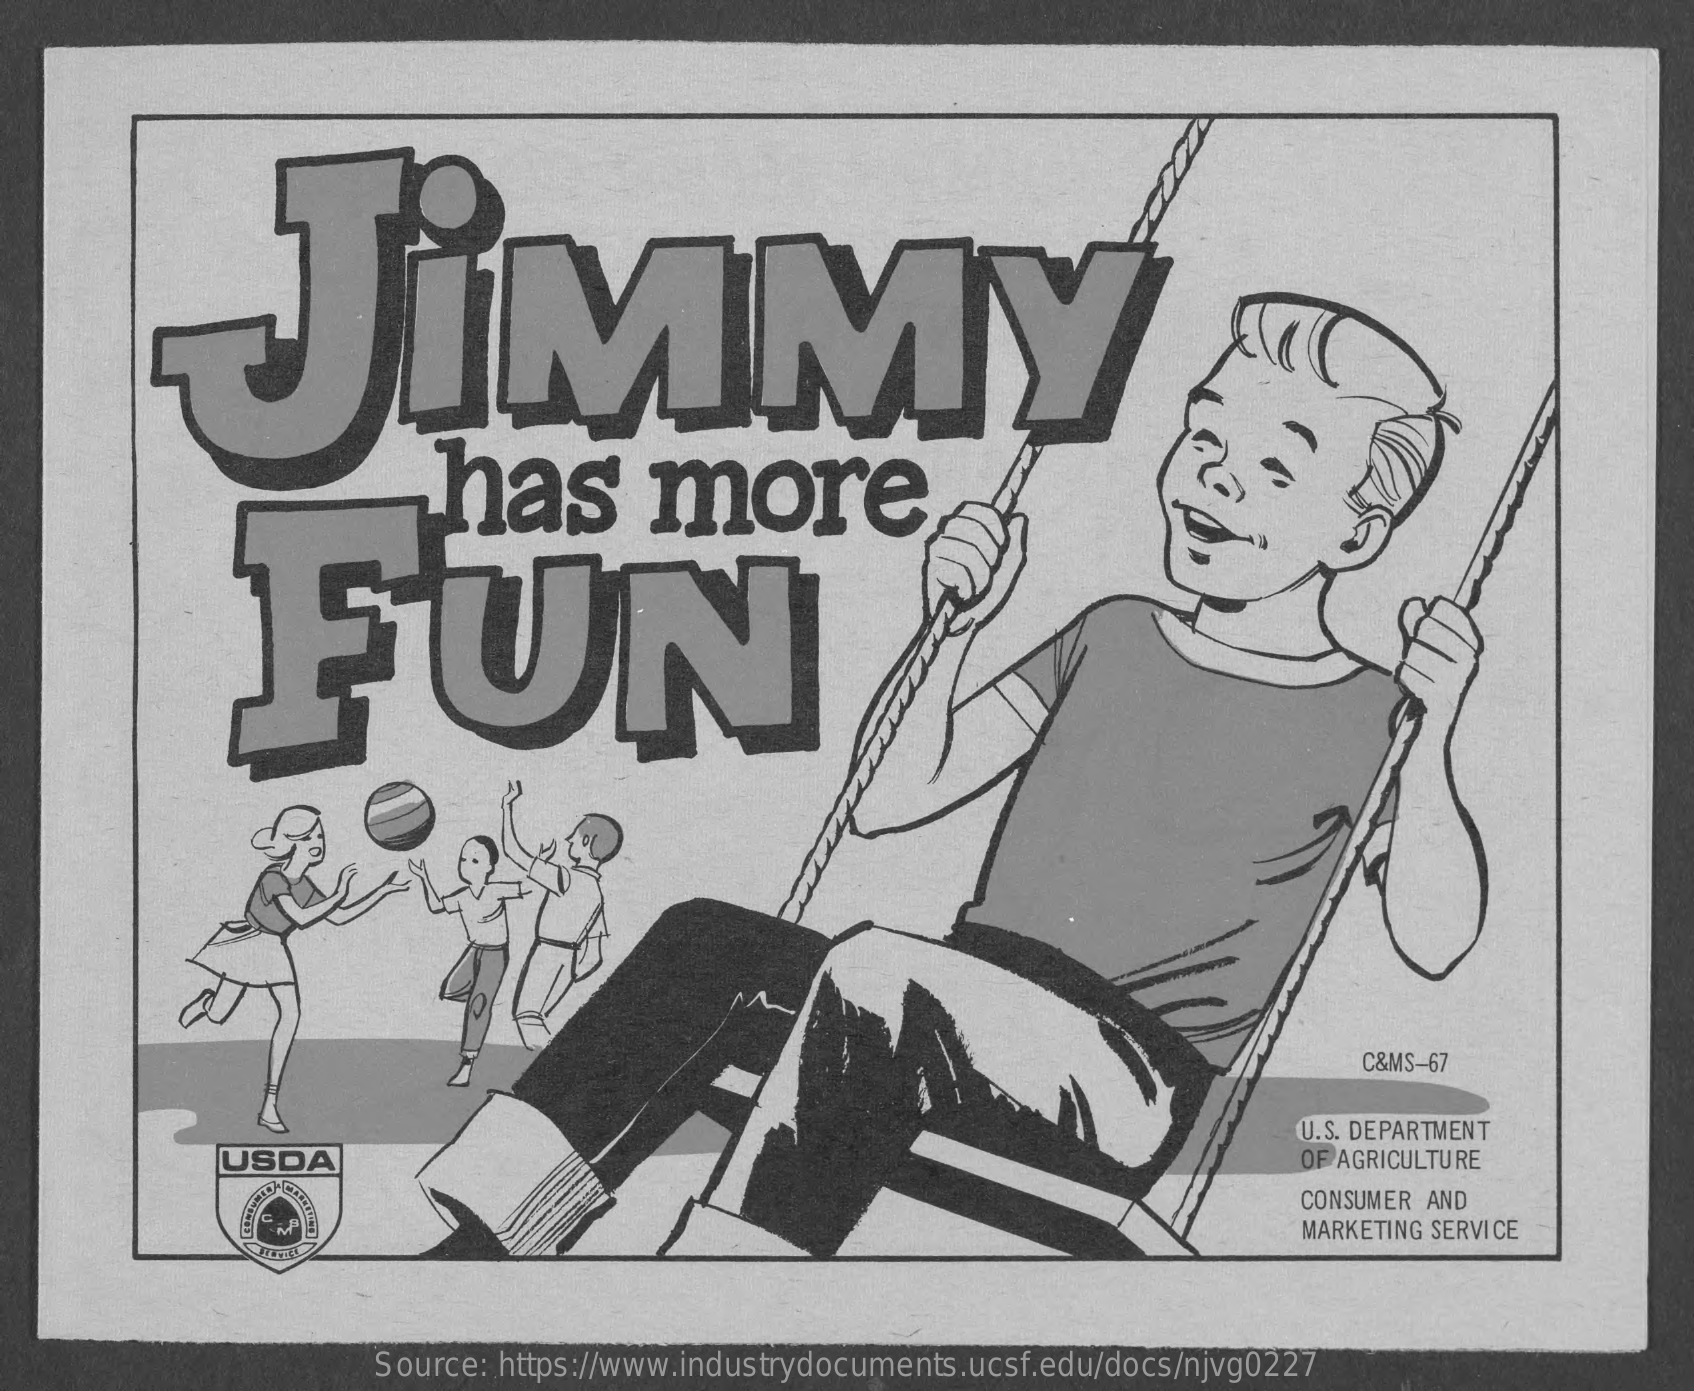
JIMMY
     has    more
     FUN
     C&MS-67
     U.S. DEPARTMENT
     USDA    OF AGRICULTURE
     CONSUMER AND
     MARKETING SERVICE
     Source: https://www.industrydocuments.ucsf.edu/docs/njvg0227